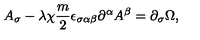
A _ { \sigma } - \lambda \chi \frac { m } { 2 } \epsilon _ { \sigma \alpha \beta } \partial ^ { \alpha } A ^ { \beta } = \partial _ { \sigma } \Omega ,